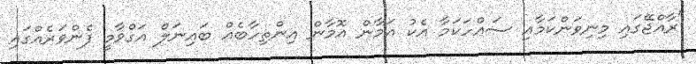
"ރާއްޖޭގައި މިނިވަންކަމާއި ސައްހަކަމާ އެކު އަމާން އޮމާން އިންތިހާބެއް ބައިނަލް އަގްވާމީ ފެންވަރެއްގައި